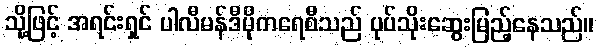
သို့ဖြင့် အရင်းရှင် ပါလီမန်ဒီမိုကရေစီသည် ပုပ်သိုးဆွေးမြည့်နေသည်။